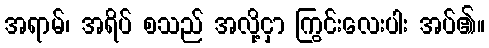
အရာမ်၊ အရိပ် စသည် အလို့ငှာ ကြွင်းလေးပါး အပ်၏။